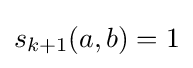
s_{k+1}(a,b)=1